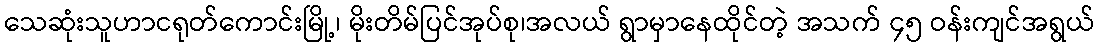
သေဆုံးသူဟာငရုတ်ကောင်းမြို့၊ မိုးတိမ်ပြင်အုပ်စု၊အလယ် ရွာမှာနေထိုင်တဲ့ အသက် ၄၅ ဝန်းကျင်အရွယ်